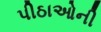
પીઠાઓની